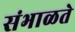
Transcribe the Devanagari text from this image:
संभाळते